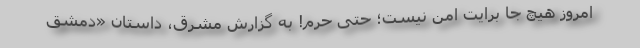
امروز هیچ جا برایت امن نیست؛ حتی حرم! به گزارش مشرق، داستان «دمشق